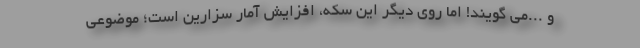
و ...می گویند! اما روی دیگر این سکه، افزایش آمار سزارین است؛ موضوعی